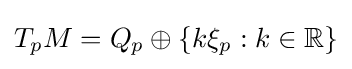
T_{p}M=Q_{p}\oplus \left\{k\xi _{p}:k\in \mathbb {R} \right\}